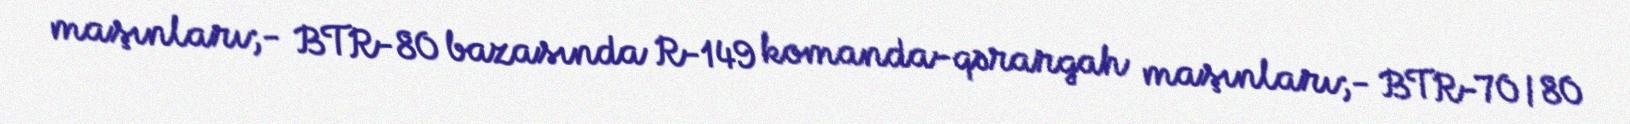
maşınları;- BTR-80 bazasında R-149 komanda-qərargah maşınları;- BTR-70/80